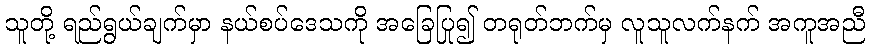
သူတို့ ရည်ရွယ်ချက်မှာ နယ်စပ်ဒေသကို အခြေပြု၍ တရုတ်ဘက်မှ လူသူလက်နက် အကူအညီ